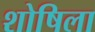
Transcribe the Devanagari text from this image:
शोषिला